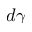
d \gamma